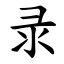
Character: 录